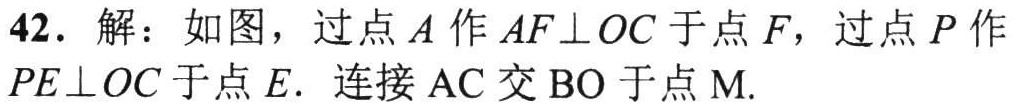
42. 解：如图，过点\(A\)作\(AF\perp OC\)于点\(F\)，过点\(P\)作\(PE\perp OC\)于点\(E\). 连接\(AC\)交\(BO\)于点\(M\).